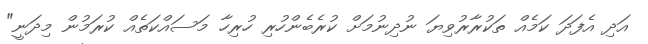
އަދި އެފަދަ ކަމެއް ތަކުރާރުވިޔަ ނުދިނުމަށް ކުރެބެންހުރި ހުރިހާ މަސައްކަތެއް ކުރަމުން މިދަނީ"